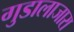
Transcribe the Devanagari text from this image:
गुडालाजारा